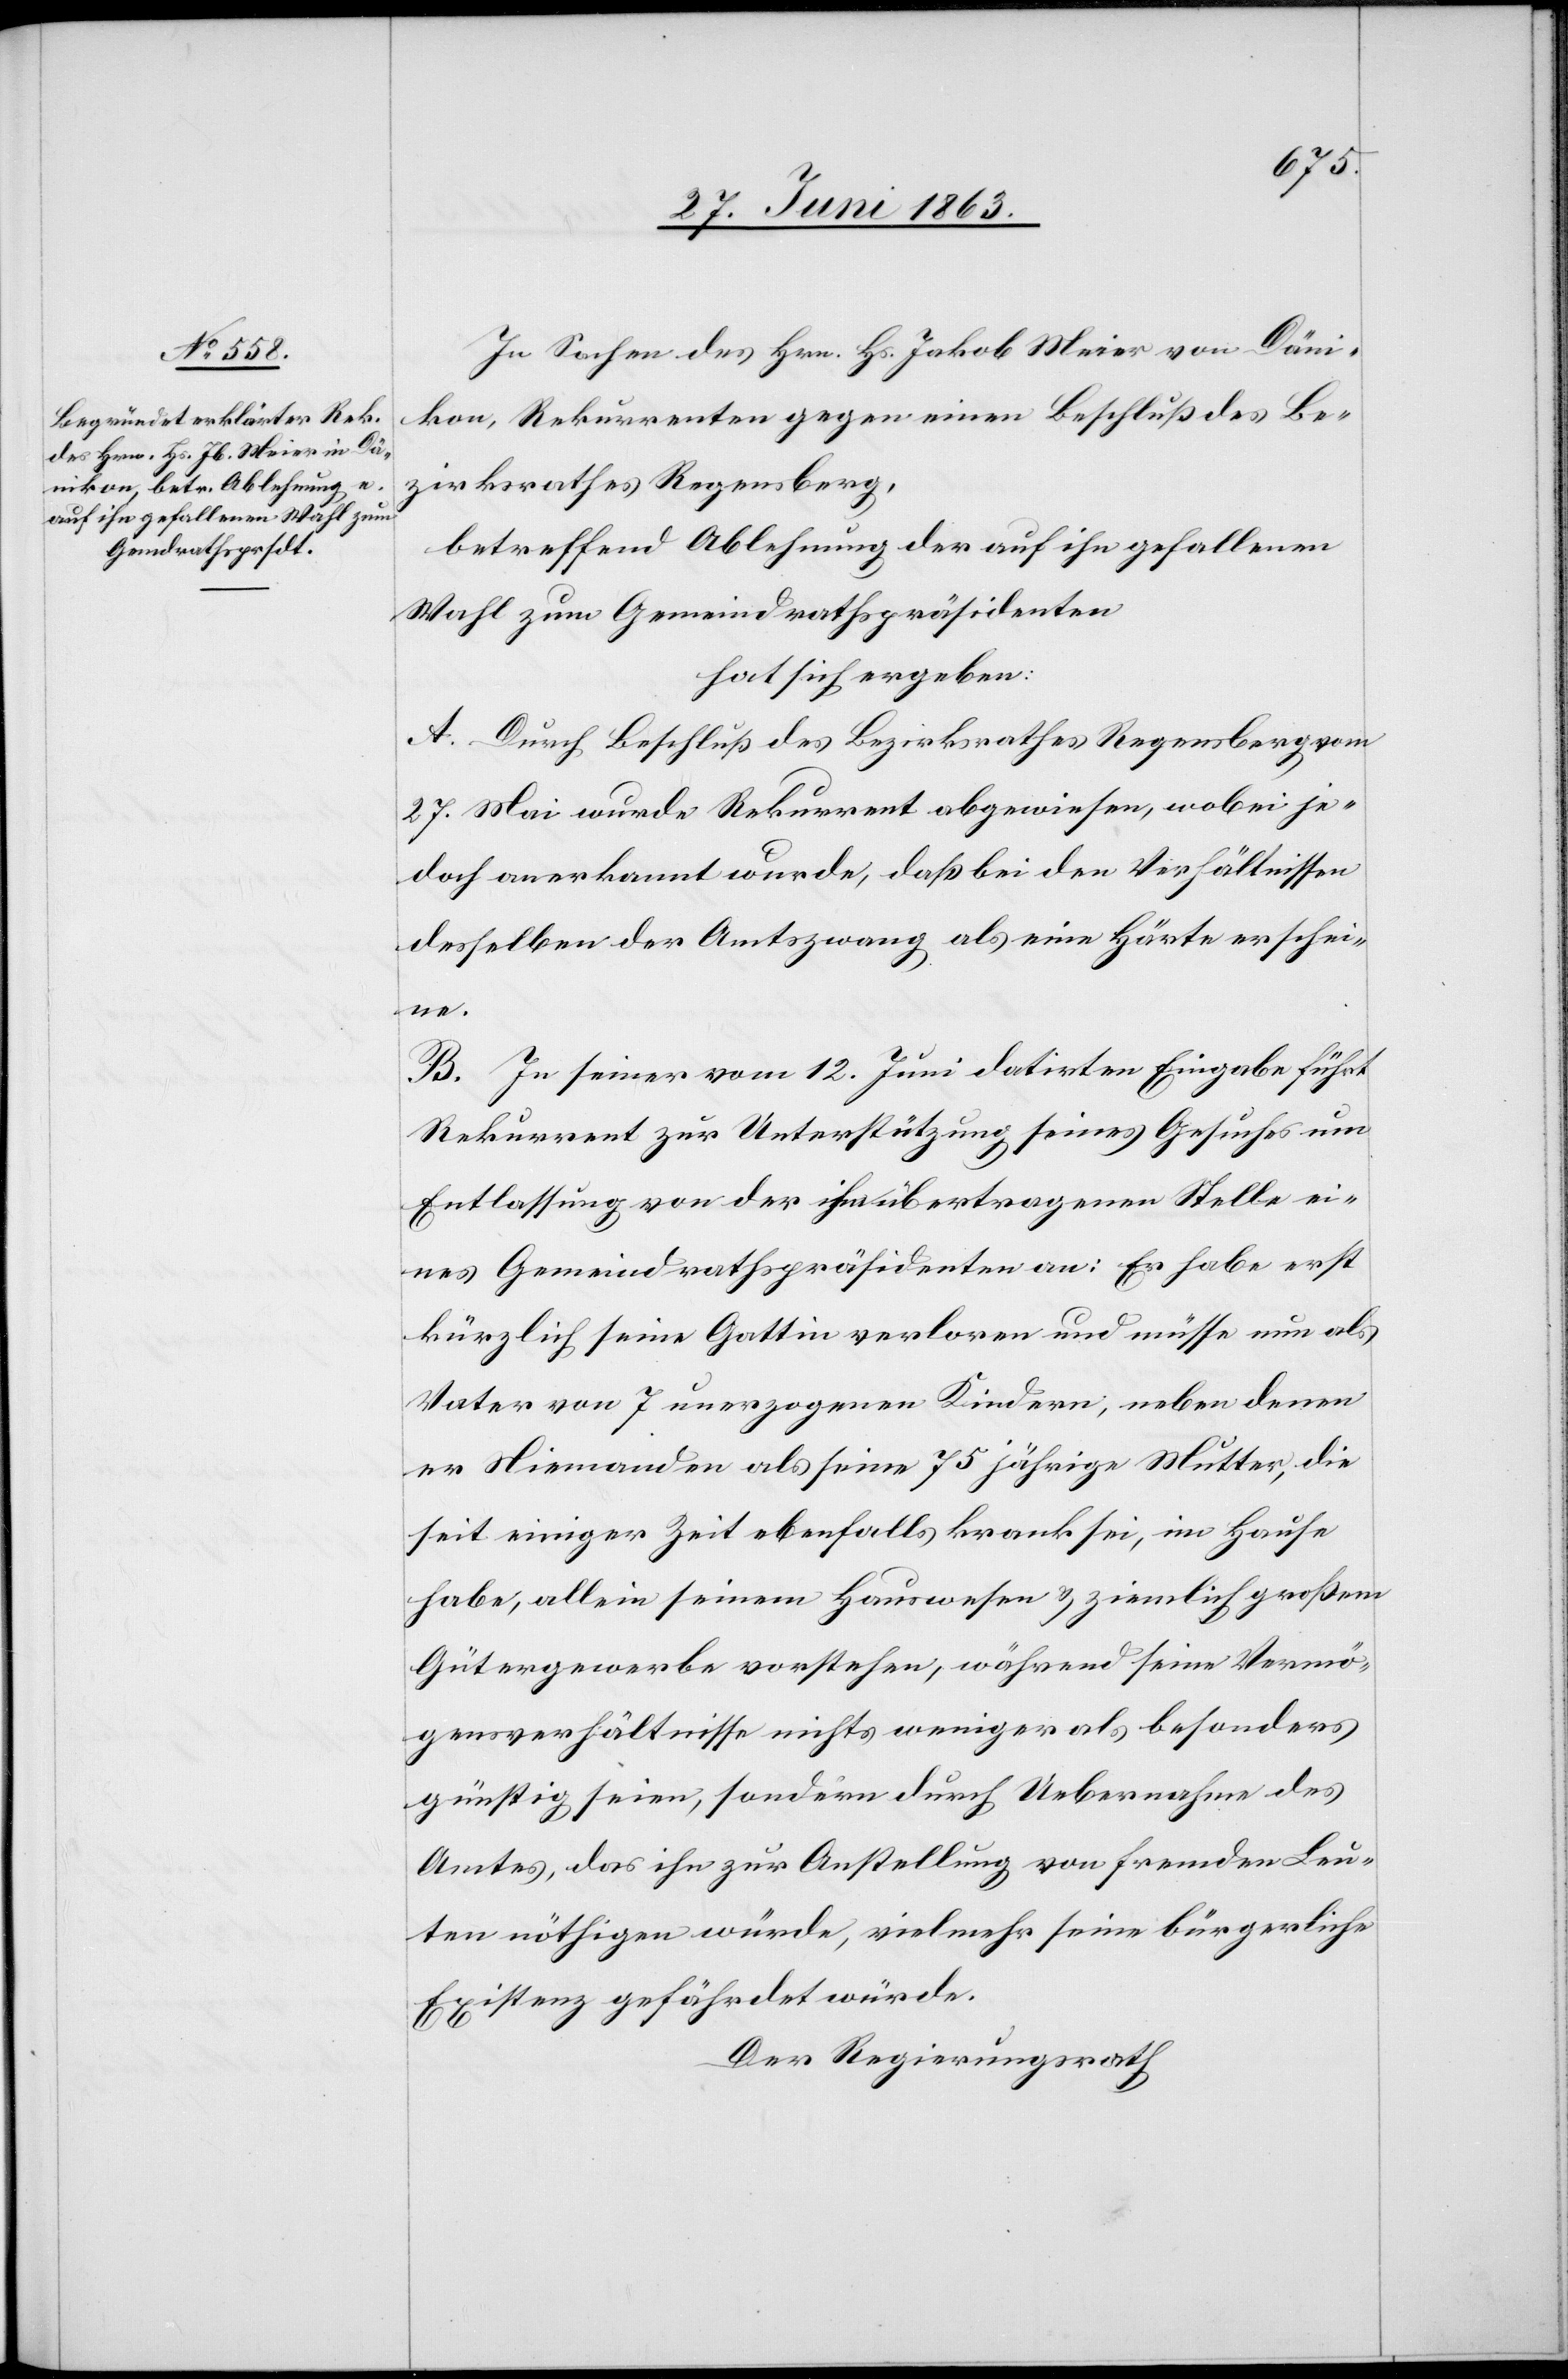
In Sachen des Hrn. Hs. Jakob Meier von Däni¬
kon, Rekurrenten gegen einen Beschluß des Be¬
zirksrathes Regensberg,
betreffend Ablehnung der auf ihn gefallenen
Wahl zum Gemeindrathspräsidenten
hat sich ergeben:
A. Durch Beschluß des Bezirksrathes Regensberg vom
27. Mai wurde Rekurrent abgewiesen, wobei je¬
doch anerkannt wurde, daß bei den Verhältnissen
desselben der Amtszwang als eine Härte erschei¬
Ex¬
B. In seiner vom 12. Juni datirten Eingabe führt
Rekurrent zur Unterstützung seines Gesuches um
Entlassung von der ihm übertragenen Stelle ei¬
nes Gemeindrathspräsidenten an: Er habe erst
kürzlich seine Gattin verloren und müsse nun als
Vater von 7 unerzogenen Kindern, neben denen
er Niemanden als seine 75 jährige Mutter, die
seit einiger Zeit ebenfalls krank sei, im Hause
habe, alle in seinem Hauswesen & ziemlich großem
Gütergewerbe vorstehen, während seine Vermö¬
gensverhältnisse nichts weniger als besonders
günstig seien, sondern durch Uebernahme des
Amtes, das ihn zur Anstellung von fremden Leu¬
ten nöthigen würde, vielmehr seine bürgerliche
istenz gefährdet würde.
Der Regierungsrath